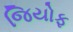
જિયોફ